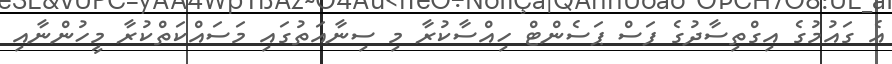
އެ ގައުމުގެ އިގްތިސާދުގެ ފަސް ޕަސެންޓް ހިއްސާކުރާ މި ސިނާއަތުގައި މަސައްކަތްކުރާ މީހުންނާއި